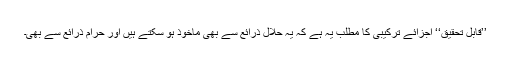
’’قابلِ تحقیق‘‘ اجزائے ترکیبی کا مطلب یہ ہے کہ یہ حلال ذرائع سے بھی ماخوذ ہو سکتے ہیں اور حرام ذرائع سے بھی۔